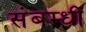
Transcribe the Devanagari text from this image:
संबम्धी